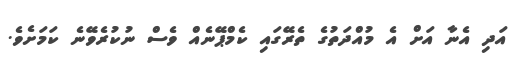
އަދި އެނާ އަށް އެ މުއްދަތުގެ ތެރޭގައި ކެމްޕޭނެއް ވެސް ނުކުރެވޭނެ ކަމަށެވެ.